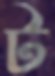
ট